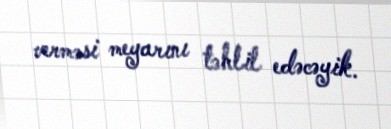
verməsi meyarını təhlil edəcəyik.